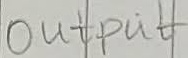
Text: Output